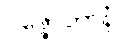
ပဇ္ဇောတာနံ